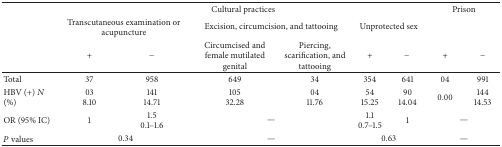
<table><thead><tr><td><b> </b></td><td colspan="6"><b>Cultural practices</b></td><td colspan="2"><b>Prison</b></td></tr><tr><td><b> </b></td><td colspan="2"><b>Transcutaneous examination or acupuncture</b></td><td colspan="2"><b>Excision, circumcision, and tattooing</b></td><td colspan="2"><b>Unprotected sex</b></td><td><b> </b></td><td><b> </b></td></tr><tr><td><b> </b></td><td><b>+</b></td><td><b>−</b></td><td><b>Circumcised and female mutilated genital</b></td><td><b>Piercing, scarification, and tattooing</b></td><td><b>+</b></td><td><b>−</b></td><td><b>+</b></td><td><b>−</b></td></tr></thead><tbody><tr><td>Total</td><td>37</td><td>958</td><td>649</td><td>34</td><td>354</td><td>641</td><td>04</td><td>991</td></tr><tr><td>HBV (+) <i>N</i> (%)</td><td>038.10</td><td>14114.71</td><td>10532.28</td><td>0411.76</td><td>5415.25</td><td>9014.04</td><td>0.00</td><td>14414.53</td></tr><tr><td>OR (95% IC)</td><td>1</td><td>1.5 0.1–1.6</td><td colspan="2">—</td><td>1.1 0.7–1.5</td><td>1</td><td colspan="2">—</td></tr><tr><td><i>P</i> values</td><td colspan="2">0.34</td><td colspan="2">—</td><td colspan="2">0.63</td><td colspan="2">—</td></tr></tbody></table>